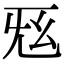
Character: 𢆺